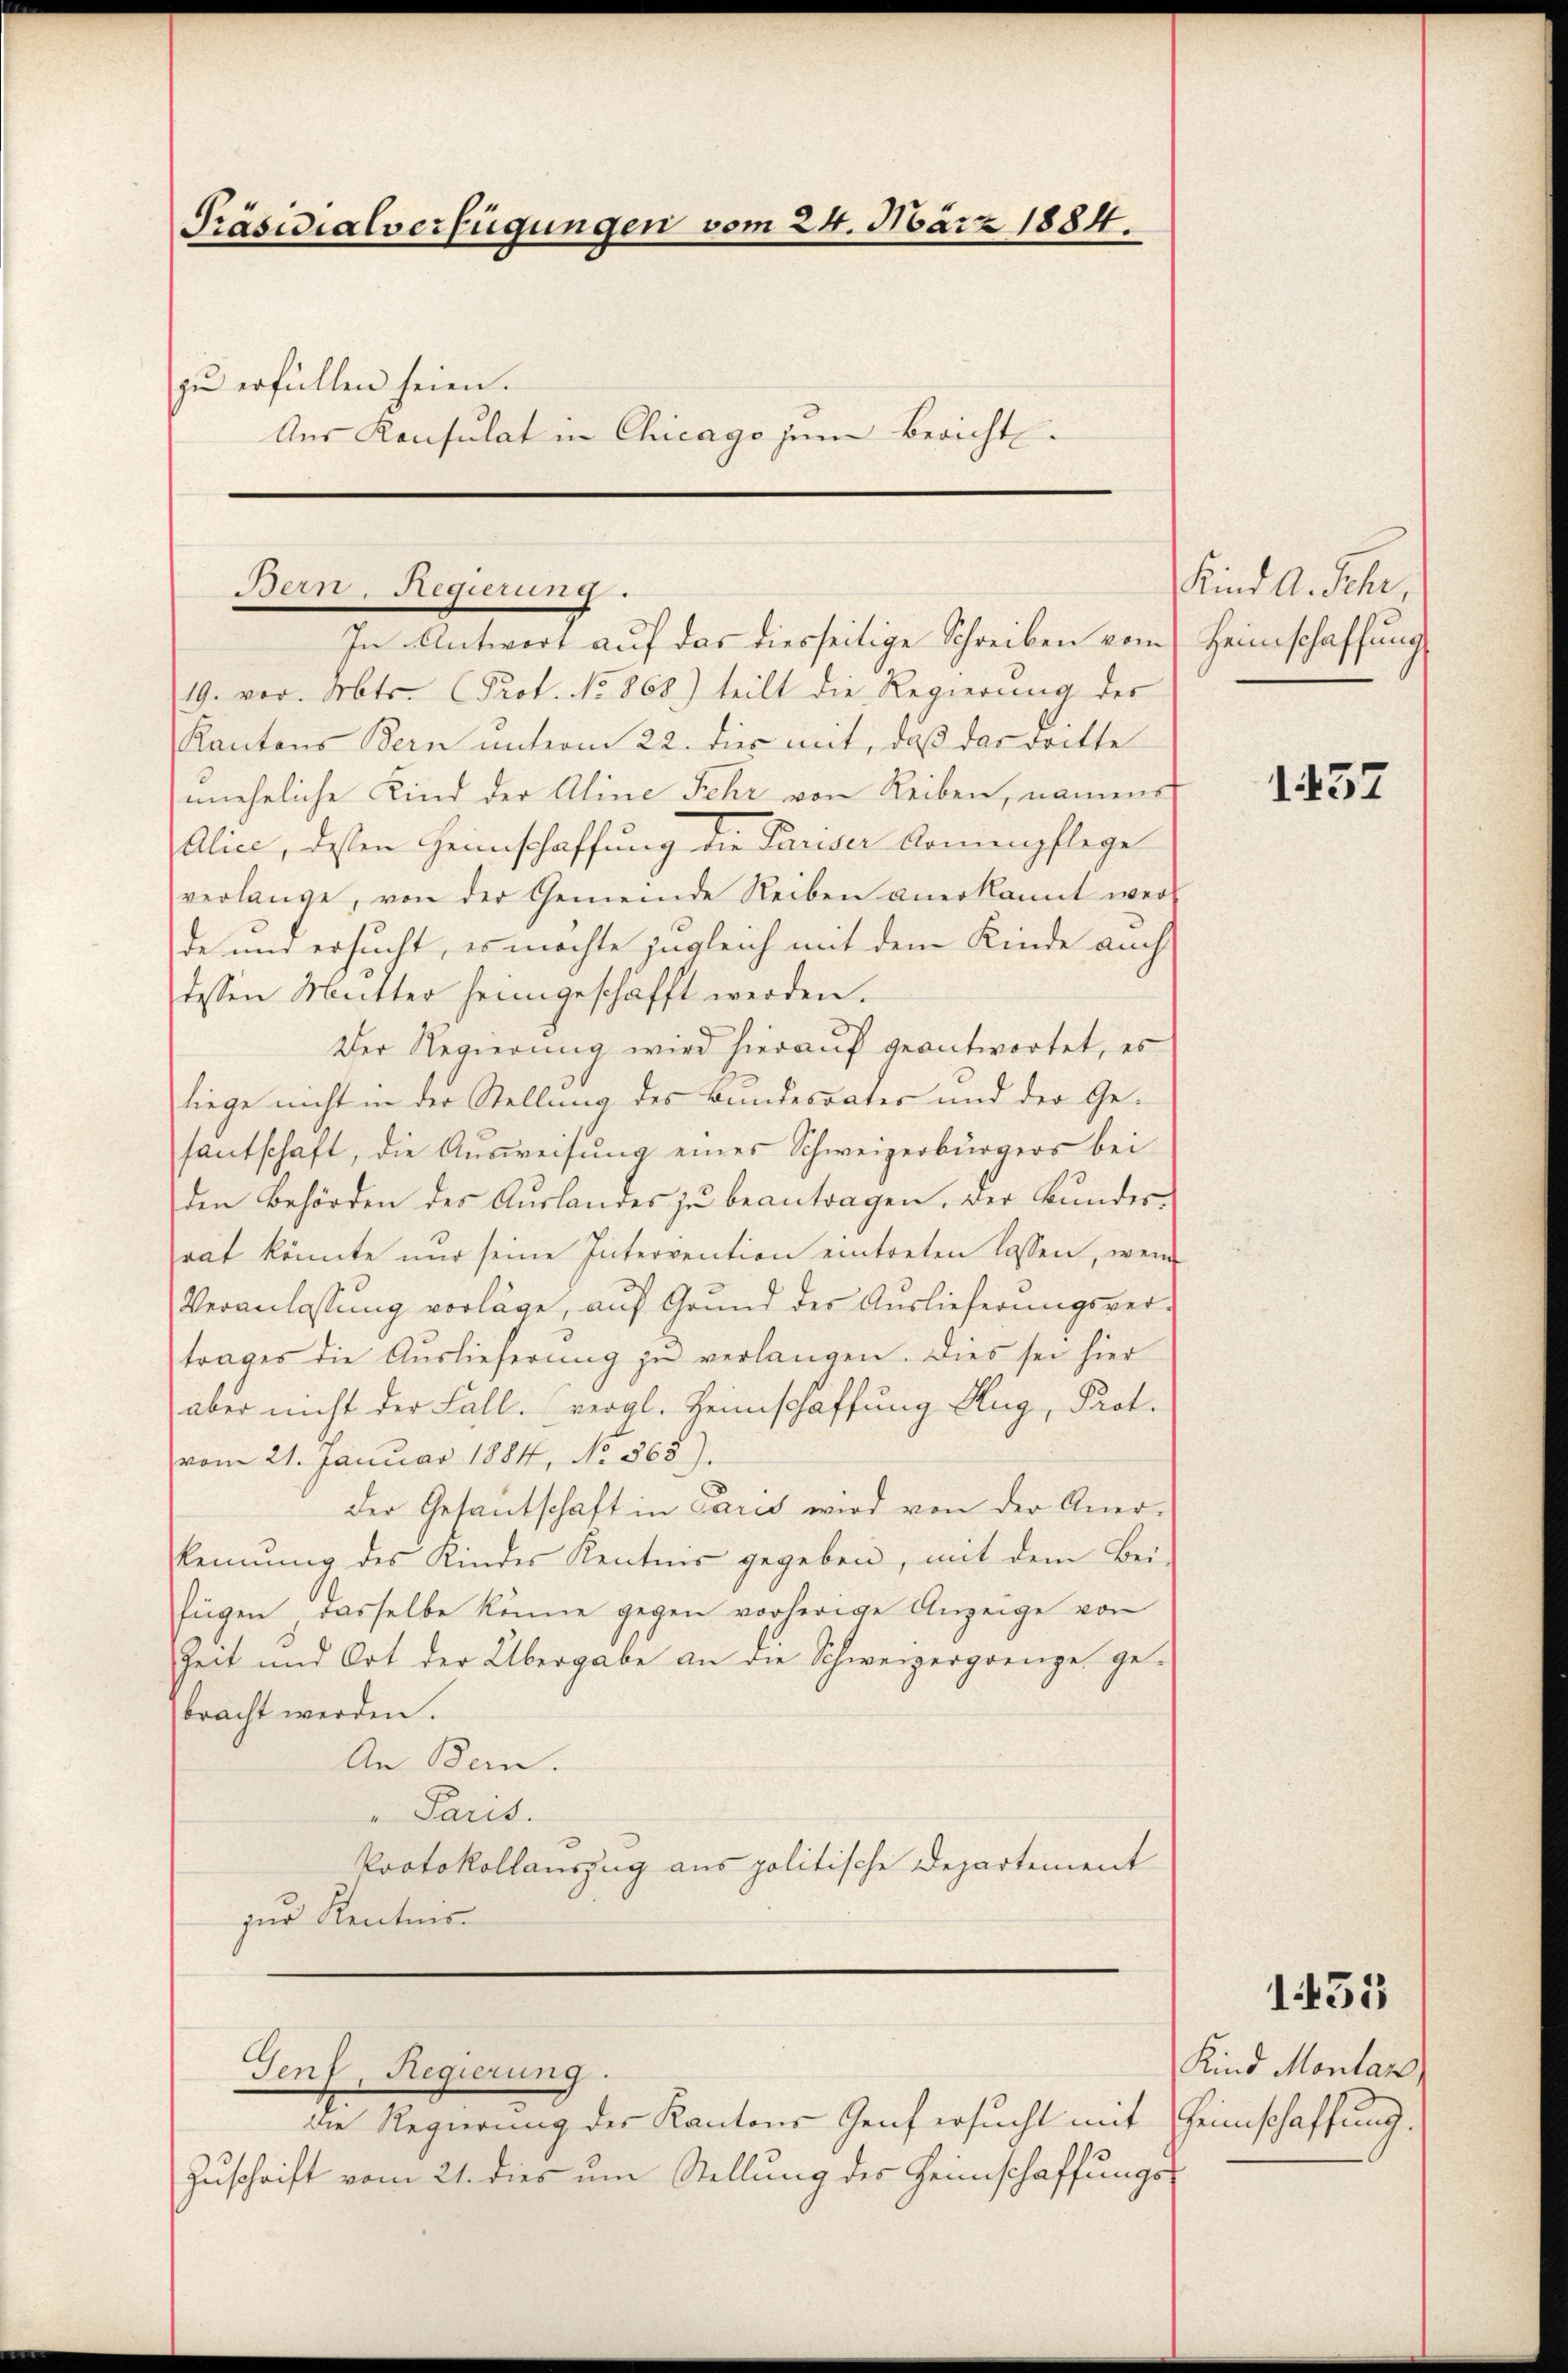
Präsidialverfügungen vom 24. März 1884.
zu erfüllen seien.
Aus Konsulat in Chicago jene Bericht

Bern, Regierung.

In Antwort auf das diesseitige Schreiben vom
19. vor. Mts. Prof. No. 868) teilt die Regierung des
Kantons Bern unterm 22. dies mit, daß das dritte
uneheliche Kind der Aline Fehr von Reiben, namens
Alice, dessen Heimschaffung die Pariser Armenpflege
verlange, von der Gemeinde Reiben anerkannt werde und ersucht, es machte zugleich mit dem Kinde auch
dessen Mutter heimgeschafft werden.
Der Regierung wird hierauf geantwortet, es
liege nicht in der Stellung des Bundesrates und der Gesantschaft, die Aŭsweisŭng eines Schweizerbürgers bei
den Behörden des Auslandes zu beantragen, der Bundesrat könnte nur seine Intervention eintreten lassen, wenn
Veranlassung vorläge, auf Grund der Auslieferungsvertrages die Aŭslieferŭng zŭ verlangen. Dies sei hier
aber nicht der Fall. vergl. Heimschaffung Hug, Prot.
vom 21. Januar 1884, No 568).
der Gesantschaft in Paris wird von der Aner-
kennung des Kindes Kentnis gegeben, mit dem Bei-
fügen, dasselbe könne gegen vorherige Anzeige von
Zeit und Ort der Übergabe an die Schweizergrenze ge-
bracht werden.
An Bern.
" Paris.
Protokollauszug aus politische Departement
zur Kenntnis.
Genf, Regierung.
die Regierung der Kantons Genf ersucht mit Heimschaffung.
Zuschrift vom 21. dies um Stellung des Heimschaffungs¬

Kind A. Sche,
Heimschaffung

1457

Kind Montan

1435